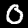
Label: 0